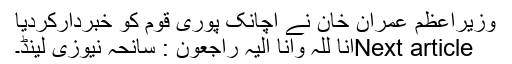
وزیراعظم عمران خان نے اچانک پوری قوم کو خبردارکردیا
Next articleانا للہ وانا الیہ راجعون : سانحہ نیوزی لینڈ۔